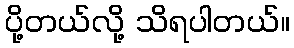
ပို့တယ်လို့ သိရပါတယ်။